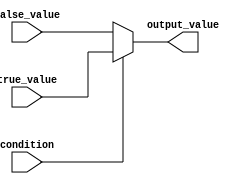
module conditional_operator (
    input wire condition,
    input wire [7:0] true_value,
    input wire [7:0] false_value,
    output reg [7:0] output_value
);

always @* begin
    output_value = condition ? true_value : false_value;
end

endmodule